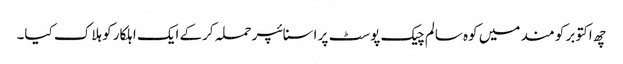
چھ اکتوبر کو مند میں کوہ سالم چیک پوسٹ پر اسنائپر حملہ کرکے ایک اہلکار کو ہلاک کیا۔